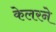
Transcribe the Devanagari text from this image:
केलरने